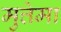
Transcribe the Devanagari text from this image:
मुत्तेमा